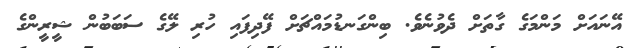
އޭނައަށް މަންމަގެ ގާތަށް ދެވުނެވެ. ބިންގަނޑުމައްޗަށް ފޭދިފައި ހުރި ލޭގެ ސަބަބުން ޝީރީންގެ